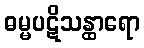
ဓမ္မပဋိသန္ထာရော